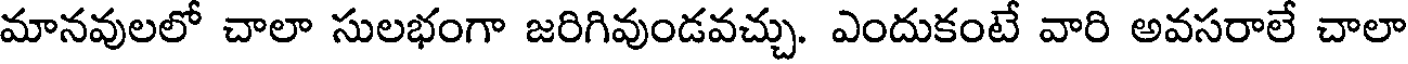
మానవులలో చాలా సులభంగా జరిగివుండవచ్చు. ఎందుకంటే వారి అవసరాలే చాలా